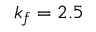
k _ { f } = 2 . 5